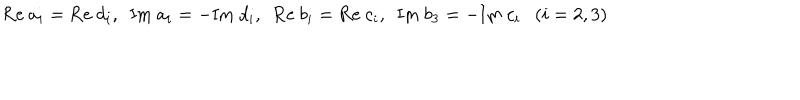
LaTeX: \mathrm { R e } ~ a _ { i } = \mathrm { R e } ~ d _ { i } , ~ ~ \mathrm { I m } ~ a _ { i } = - \mathrm { I m } ~ d _ { i } , ~ ~ \mathrm { R e } ~ b _ { i } = \mathrm { R e } ~ c _ { i } , ~ ~ \mathrm { I m } ~ b _ { 3 } = - \mathrm { I m } ~ c _ { i } ( i = 2 , 3 )